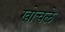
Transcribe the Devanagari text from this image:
खोचले